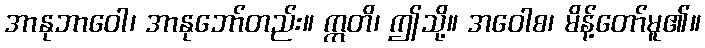
အာနုဘာဝေါ၊ အာနုဘော်တည်း။ ဣတိ၊ ဤသို့။ အဝေါစ၊ မိန့်တော်မူ၏။